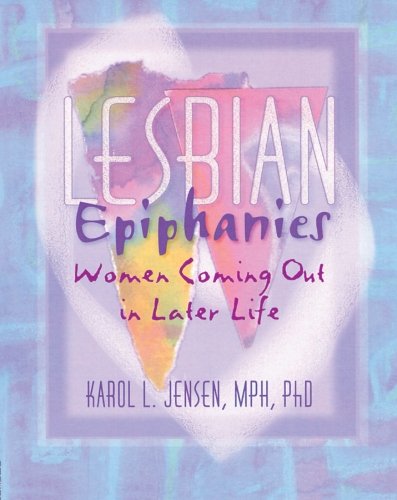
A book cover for Lesbian Epiphanies: Women Coming Out in Later Life (Haworth Gay & Lesbian Studies); John Dececco  Phd; Gay & Lesbian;